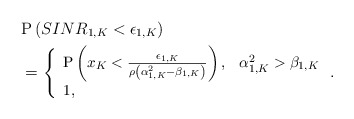
\begin{align*}&\mathrm{P}\left(SINR_{1,K}<\epsilon_{1,K}\right) \\ &= {\small \left\{\begin{array}{ll} \mathrm{P}\left( x_K <\frac{\epsilon_{1,K}}{\rho\left(\alpha_{1,K}^2 -\beta_{1,K}\right) } \right),& \alpha_{1,K}^2 >\beta_{1,K}\\ 1, &\end{array}\right..}\end{align*}